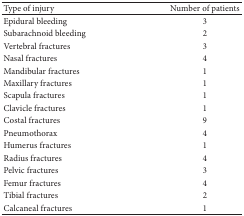
<table><thead><tr><td><b>Type of injury</b></td><td><b>Number of patients</b></td></tr></thead><tbody><tr><td>Epidural bleeding</td><td>3</td></tr><tr><td>Subarachnoid bleeding</td><td>2</td></tr><tr><td>Vertebral fractures</td><td>3</td></tr><tr><td>Nasal fractures</td><td>4</td></tr><tr><td>Mandibular fractures</td><td>1</td></tr><tr><td>Maxillary fractures</td><td>1</td></tr><tr><td>Scapula fractures</td><td>1</td></tr><tr><td>Clavicle fractures</td><td>1</td></tr><tr><td>Costal fractures</td><td>9</td></tr><tr><td>Pneumothorax</td><td>4</td></tr><tr><td>Humerus fractures</td><td>1</td></tr><tr><td>Radius fractures</td><td>4</td></tr><tr><td>Pelvic fractures</td><td>3</td></tr><tr><td>Femur fractures</td><td>4</td></tr><tr><td>Tibial fractures</td><td>2</td></tr><tr><td>Calcaneal fractures</td><td>1</td></tr></tbody></table>